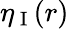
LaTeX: \eta_{\mathrm{~I~}}(r)